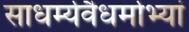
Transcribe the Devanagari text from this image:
साधर्म्यवैधर्माभ्यां